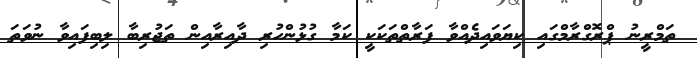
ތަމްރީނު ޕްރޮގްރާމްގައި ކިޔަވައިދެއްވާ ފަރާތްތަކަކީ ކަމާ ގުޅުންހުރި ދާއިރާއިން ތަޖުރިބާ ލިބިފައިވާ ނުވަތަ